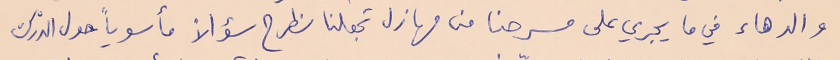
والدهاء في ما يجري على مسرحنا من مهازل تجعلنا نطرح سؤالاً مأسوياً حول الدْرك